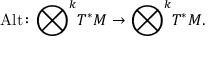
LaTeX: \operatorname { A l t } \colon { \bigotimes } ^ { k } T ^ { * } M \to { \bigotimes } ^ { k } T ^ { * } M .